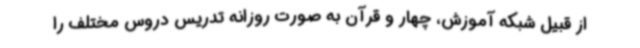
از قبیل شبکه آموزش، چهار و قرآن به صورت روزانه تدریس دروس مختلف را